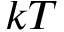
k T